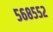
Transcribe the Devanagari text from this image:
५६८५५२